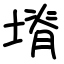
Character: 塉